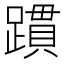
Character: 躀